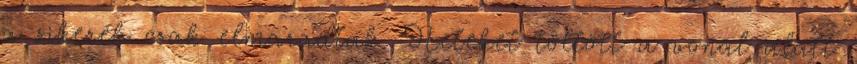
a sikerek csak elmaradtak. Heteket töltött a vonal alatt